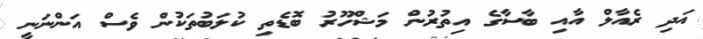
އަދި ރެއާލް އާއި ބާސާގެ އިތުރުން މަޝްހޫރު ބޮޑެތި ކުލަބުތަކުން ވެސް އަންނަނީ